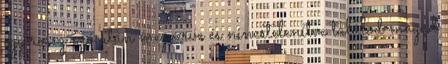
egy rossz szó után megverve és nincstelenítve találod magad